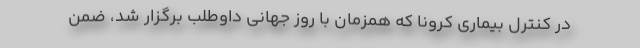
در کنترل بیماری کرونا که همزمان با روز جهانی داوطلب برگزار شد، ضمن